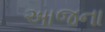
અાજના